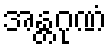
အန္တဂုဏံ